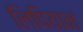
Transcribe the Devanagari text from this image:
लिपियान